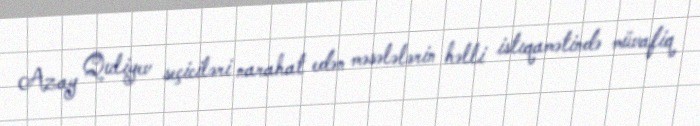
Azay Quliyev seçiciləri narahat edən məsələlərin həlli istıqamətində müvafiq